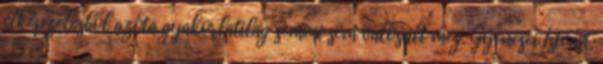
elképzelésből azóta gyakorlatilag semmi sem valósult meg. Gyenesei István,